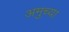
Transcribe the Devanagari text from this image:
अमुच्या